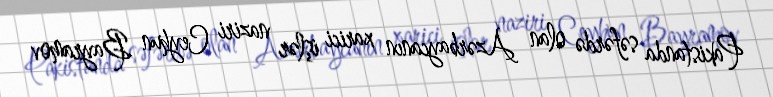
Pakistanda səfərdə olan Azərbaycanın xarici işlər naziri Ceyhun Bayramov